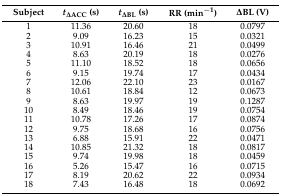
| Subject | t∆ACC (s) | t∆BL (s) | RR (min−1) | ∆BL (V) |
 | --- | --- | --- | --- | --- |
 | 1 | 11.36 | 20.60 | 18 | 0.0797 |
 | 2 | 9.09 | 16.23 | 15 | 0.0321 |
 | 3 | 10.91 | 16.46 | 21 | 0.0499 |
 | 4 | 8.63 | 20.19 | 18 | 0.0276 |
 | 5 | 11.10 | 18.52 | 18 | 0.0656 |
 | 6 | 9.15 | 19.74 | 17 | 0.0434 |
 | 7 | 12.06 | 22.10 | 23 | 0.0167 |
 | 8 | 10.61 | 18.84 | 12 | 0.0673 |
 | 9 | 8.63 | 19.97 | 19 | 0.1287 |
 | 10 | 8.49 | 18.46 | 19 | 0.0754 |
 | 11 | 10.78 | 17.26 | 17 | 0.0874 |
 | 12 | 9.75 | 18.68 | 16 | 0.0756 |
 | 13 | 6.88 | 15.91 | 22 | 0.0471 |
 | 14 | 10.85 | 21.32 | 18 | 0.0817 |
 | 15 | 9.74 | 19.98 | 18 | 0.0459 |
 | 16 | 5.26 | 15.47 | 16 | 0.0715 |
 | 17 | 8.19 | 20.62 | 22 | 0.0934 |
 | 18 | 7.43 | 16.48 | 18 | 0.0692 |